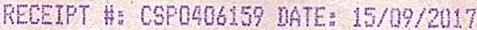
RECEIPT #: CSP0406159 DATE: 15/09/2017